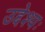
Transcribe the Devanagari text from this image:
उद्देश्यः